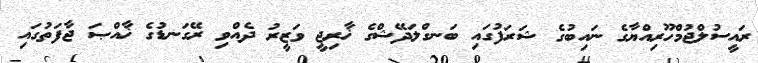
ރައީސުލްޖުމްހޫރިއްޔާގެ ނައިބުގެ ޝަރަފުގައި ބަނގްލަދޭޝްގެ ޚާރިޖީ ވަޒީރު ދެއްވި ރޭގަނޑުގެ ޚާއްޞަ ޖާފަތުގައި